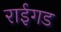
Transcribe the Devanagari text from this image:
राईगड